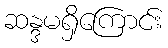
ဆန္ဒမရှိကြောင်း